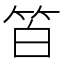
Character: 𥬝